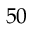
5 0